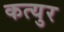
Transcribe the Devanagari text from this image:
कत्युर